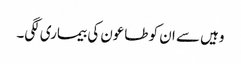
وہیں سے ان کو طاعون کی بیماری لگی۔